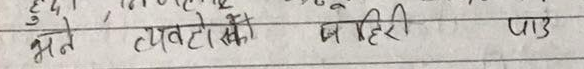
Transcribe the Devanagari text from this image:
भने त्यस्तो बहिरि पाउ